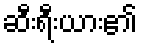
ဆီးရီးယား၏